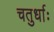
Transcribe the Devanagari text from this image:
चतुर्धाः